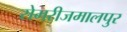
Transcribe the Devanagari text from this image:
सेमरीजमालपुर